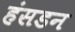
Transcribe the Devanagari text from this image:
हंसडन